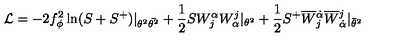
{ \cal L } = - 2 f _ { \phi } ^ { 2 } \ln ( S + S ^ { + } ) | _ { \theta ^ { 2 } \bar { \theta ^ { 2 } } } + \frac { 1 } { 2 } S W _ { j } ^ { \alpha } W _ { \alpha } ^ { j } | _ { \theta ^ { 2 } } + \frac { 1 } { 2 } S ^ { + } \overline { { W } } { } _ { j } ^ { \dot { \alpha } } \overline { { W } } { } _ { \dot { \alpha } } ^ { j } | _ { \bar { \theta } ^ { 2 } }